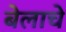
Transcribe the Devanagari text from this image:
बेलाचे